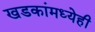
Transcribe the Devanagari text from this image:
खडकांमध्येही